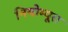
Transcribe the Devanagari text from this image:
नियोम्यूरा